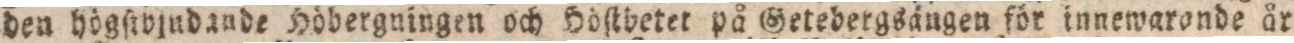
den högſtbjudande Höbergningen och Höſtbetet på Getebergsängen för innewarande år.